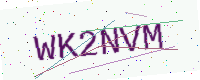
Text: WK2NVM